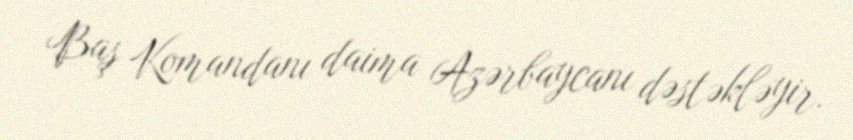
Baş Komandanı daima Azərbaycanı dəstəkləyir.